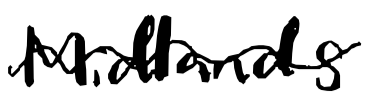
Text: Midlands
Cross-out: wave
Writing tool: digital_black